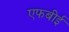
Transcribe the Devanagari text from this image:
एफबीई